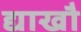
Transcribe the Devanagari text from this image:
द्याखौ